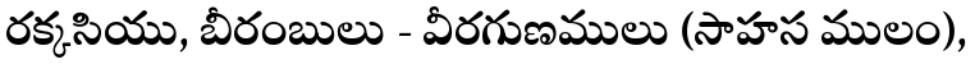
రక్కసియు, బీరంబులు - వీరగుణములు (సాహస ములం),